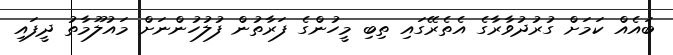
ބައެއް ކަމަށް ގުރުދުވާރާގެ އެތެރޭގައި ތިބި މީހުންގެ ފަރާތުން ފުލުހުންނަށް މައުލޫމާތު ދީފައި